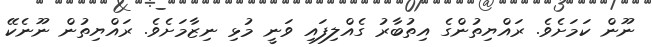
ނޫން ކަމަށެވެ. ރައްޔިތުންގެ އިތުބާރު ގެއްލިފައި ވަނީ މުޅި ނިޒާމަށެވެ. ރައްޔިތުން ނޫނެކޭ